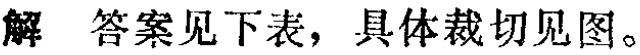
解 答案见下表，具体裁切见图。